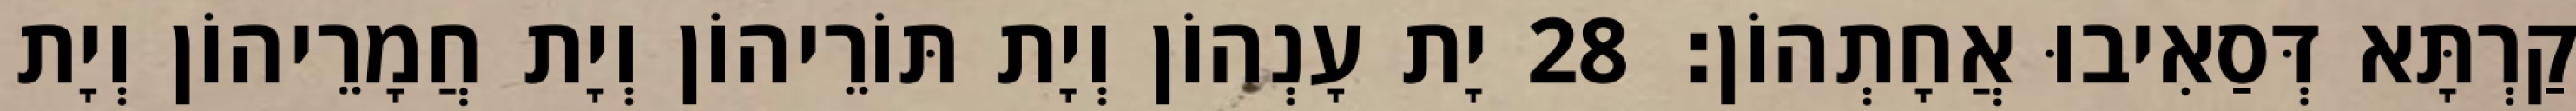
קַרְתָּא דְּסַאִיבוּ אֲחָתְהוֹן׃ 28 יָת עָנְהוֹן וְיָת תּוֹרֵיהוֹן וְיָת חֲמָרֵיהוֹן וְיָת